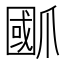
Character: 爴